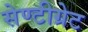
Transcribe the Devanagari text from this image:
सेण्टीग्रेट